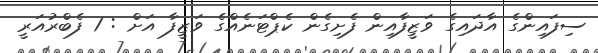
ސިފައިންގެ އާދައިގެ ވަޒީފާއިން ފެށިގެން ކެޕްޓަނެއްގެ ވަޒީފާ އަށް : 1 ފެބްރުއަރީ